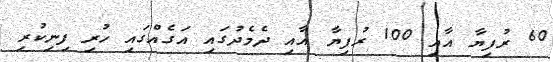
60 ރުފިޔާ އާއި 100 ރުފިޔާ އާއި ދެމެދުގައި އަގެއްގައި ހުރި ފިނިކުރި